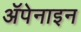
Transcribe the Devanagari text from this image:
ॲपेनाइन